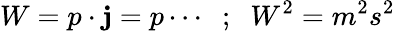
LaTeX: W=p\cdot\mathbf{j}=p\cdots\; \; ;\; \; W^{2}=m^{2}s^{2}